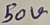
Text: 50V